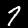
Digit: 7